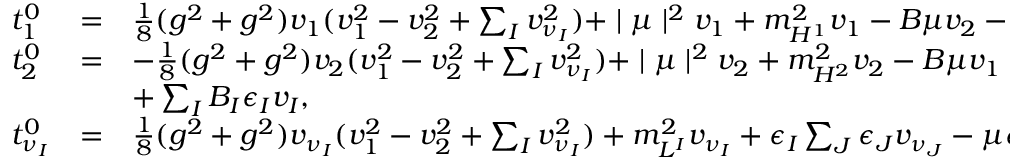
\begin{array} { l l l } { { t _ { 1 } ^ { 0 } } } & { { = } } & { { \frac { 1 } { 8 } ( g ^ { 2 } + g ^ { 2 } ) v _ { 1 } ( v _ { 1 } ^ { 2 } - v _ { 2 } ^ { 2 } + \sum _ { I } v _ { \nu _ { I } } ^ { 2 } ) + \mid \mu \mid ^ { 2 } v _ { 1 } + m _ { H ^ { 1 } } ^ { 2 } v _ { 1 } - B \mu v _ { 2 } - \sum _ { I } ^ { } \mu \epsilon _ { I } v _ { I } , } } \\ { { t _ { 2 } ^ { 0 } } } & { { = } } & { { - \frac { 1 } { 8 } ( g ^ { 2 } + g ^ { 2 } ) v _ { 2 } ( v _ { 1 } ^ { 2 } - v _ { 2 } ^ { 2 } + \sum _ { I } v _ { \nu _ { I } } ^ { 2 } ) + \mid \mu \mid ^ { 2 } v _ { 2 } + m _ { H ^ { 2 } } ^ { 2 } v _ { 2 } - B \mu v _ { 1 } + \sum _ { I } \epsilon _ { I } ^ { 2 } v _ { 2 } } } \\ { { } } & { { } } & { { + \sum _ { I } B _ { I } \epsilon _ { I } v _ { I } , } } \\ { { t _ { \nu _ { I } } ^ { 0 } } } & { { = } } & { { \frac { 1 } { 8 } ( g ^ { 2 } + g ^ { 2 } ) v _ { \nu _ { I } } ( v _ { 1 } ^ { 2 } - v _ { 2 } ^ { 2 } + \sum _ { I } v _ { \nu _ { I } } ^ { 2 } ) + m _ { L ^ { I } } ^ { 2 } v _ { \nu _ { I } } + \epsilon _ { I } \sum _ { J } \epsilon _ { J } v _ { \nu _ { J } } - \mu \epsilon _ { I } v _ { 1 } + B _ { I } \epsilon _ { I } v _ { 2 } . } } \end{array}